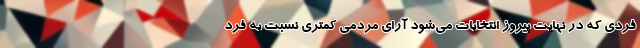
فردی که در نهایت پیروز انتخابات می‌شود آرای مردمی کمتری نسبت به فرد